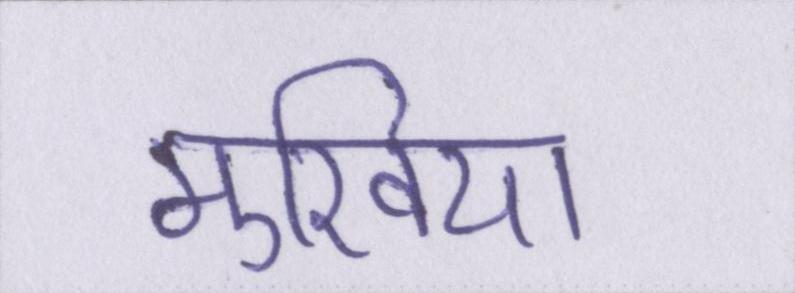
मुखिया